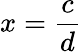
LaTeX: x=\frac{c}{d}